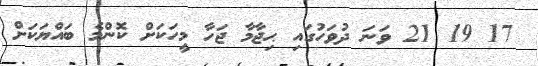
17 19 21 ވަނަ ދުވަހުގައި ޙިޖާމާ ޖަހާ މީހަކަށް ކޮންމެ ބައްޔަކަށް